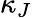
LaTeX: \kappa_{J}